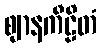
ဈာနကီဠိတံ